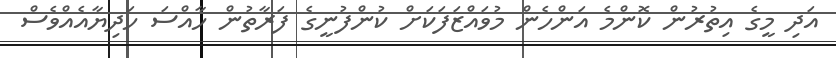
އަދި މީގެ އިތުރުން ކޮންމެ އަންހެން މުވައްޒަފަކަށް ކުންފުނީގެ ފަރާތުން ހާއްސަ ހަދިޔާއެއްވެސް